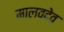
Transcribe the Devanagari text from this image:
मालवदेव